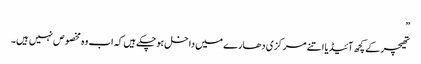
”
تھیچر کے کچھ آئیڈیا اتنے مرکزی دھارے میں داخل ہوچکے ہیں کہ اب وہ مخصوص نہیں ہیں۔